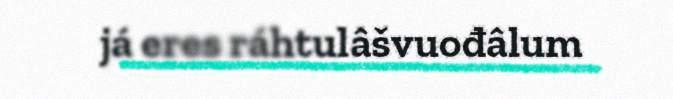
já eres ráhtulâšvuođâlum